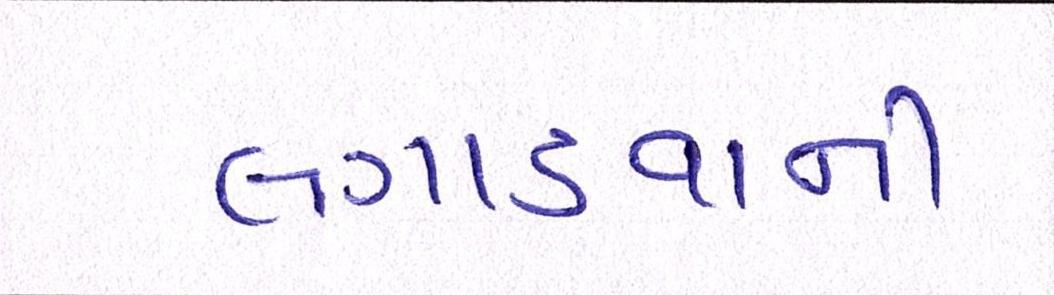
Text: લગાડવાની